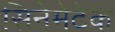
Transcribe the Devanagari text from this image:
सिनेमेटेक